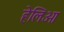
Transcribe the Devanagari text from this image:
हेलिओ